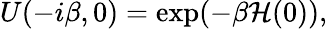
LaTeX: U(-i\beta,0)=\exp(-\beta\mathcal{H}(0)),